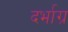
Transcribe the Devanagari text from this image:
दर्भाग्र